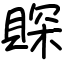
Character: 賝